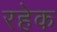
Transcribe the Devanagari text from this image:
रहेक